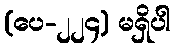
(ပေ-၂၂၄) မရှိပါ